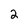
Character: 2